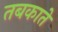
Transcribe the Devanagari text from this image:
तबकाते